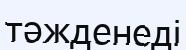
тәжденеді